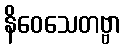
နိဝေသေတဗ္ဗာ